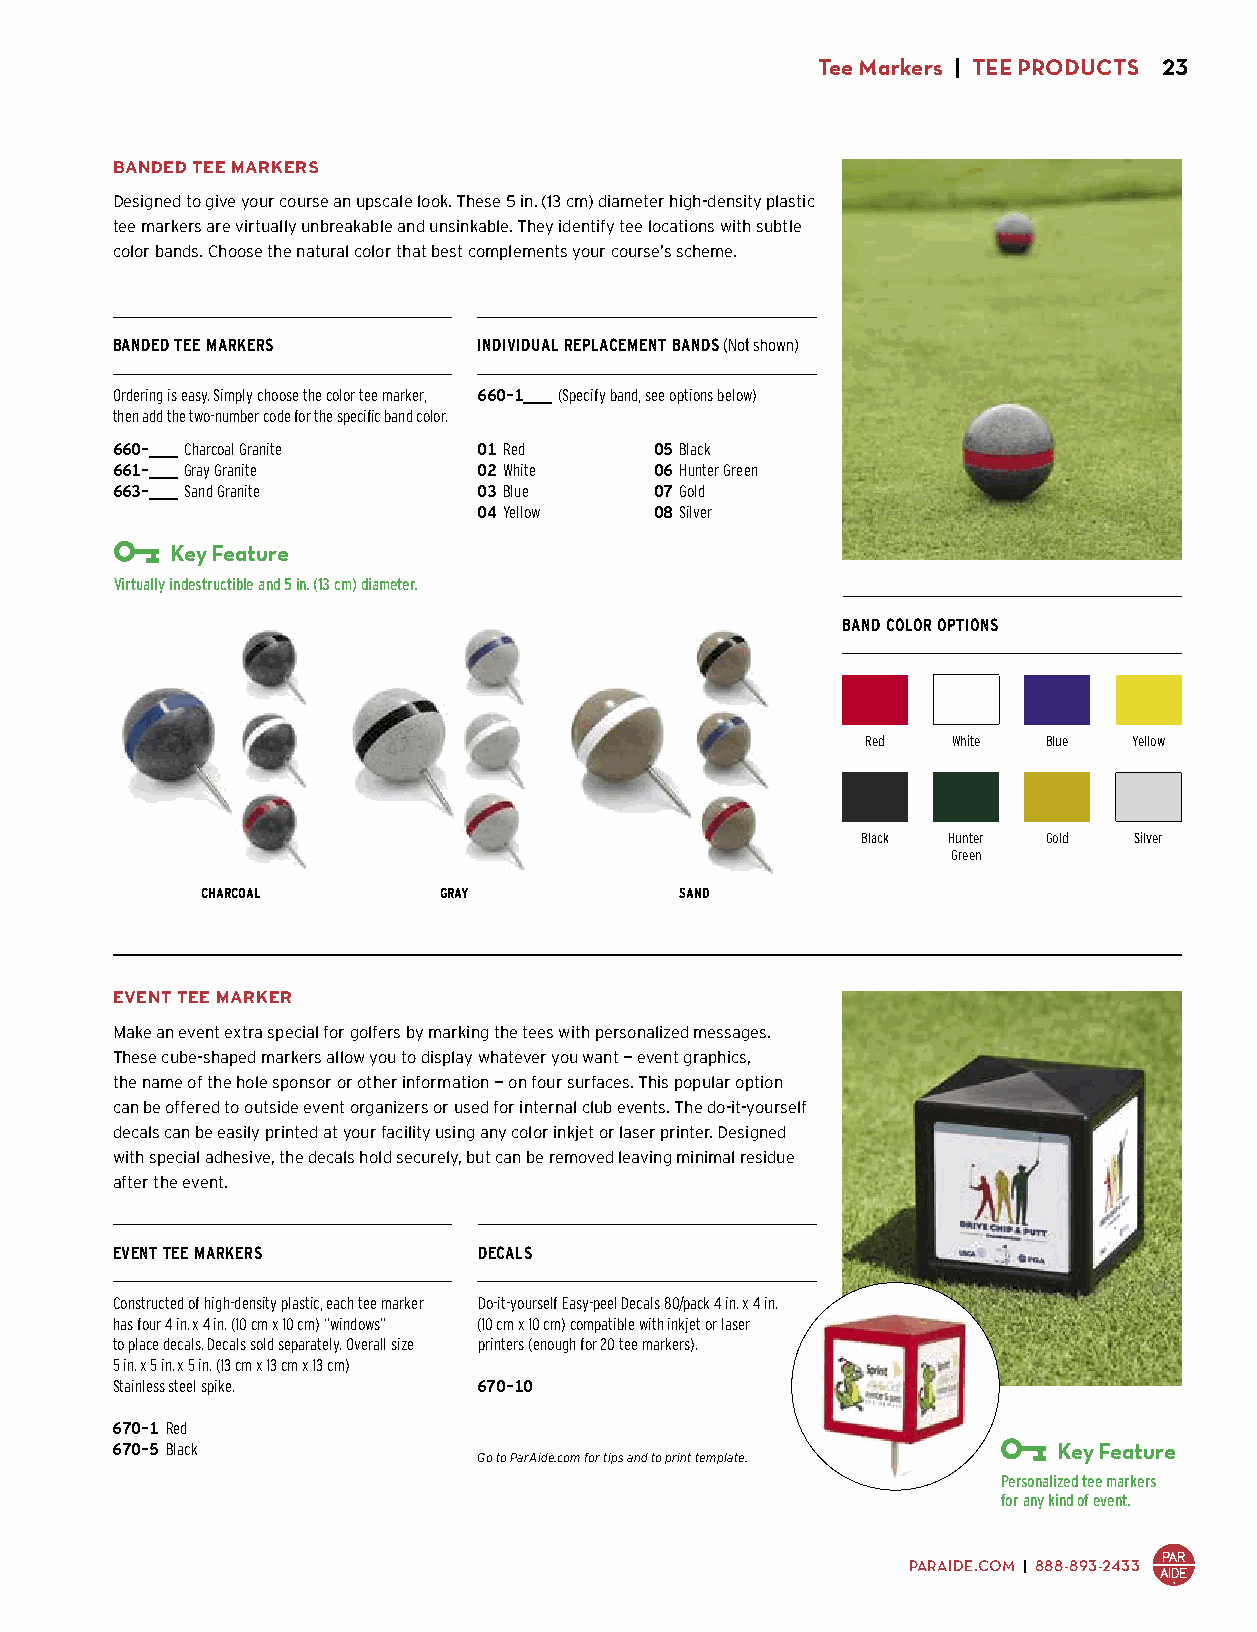
Tee Markers | TEE PRODUCTS 23
 BANDED TEE MARKERS
 Designed to give your course an upscale look. These 5 in. (13 cm) diameter high-density plastic
 tee markers are virtually unbreakable and unsinkable. They identify tee locations with subtle
 color bands. Choose the natural color that best complements your course’s scheme.
 BANDED TEE MARKERS       INDIVIDUAL REPLACEMENT BANDS (Not shown)
 Ordering is easy. Simply choose the color tee marker, 660-1___ (Specify band, see options below)
 then add the two-number code for the specific band color. $2.00 ea.
 660-___ Charcoal Granite 01 Red     05 Black
 661-___ Gray Granite     02 White   06 Hunter Green
 663-___ Sand Granite     03 Blue    07 Gold
 $19.50 ea.               04 Yellow  08 Silver
 Key Feature
 Virtually indestructible and 5 in. (13 cm) diameter.
 BAND COLOR OPTIONS
 Red   White Blue  Yellow
 Black Hunter Gold Silver
 Green
 CHARCOAL        GRAY            SAND
 EVENT TEE MARKER
 Make an event extra special for golfers by marking the tees with personalized messages.
 These cube-shaped markers allow you to display whatever you want — event graphics,
 the name of the hole sponsor or other information — on four surfaces. This popular option
 can be offered to outside event organizers or used for internal club events. The do-it-yourself
 decals can be easily printed at your facility using any color inkjet or laser printer. Designed
 with special adhesive, the decals hold securely, but can be removed leaving minimal residue
 after the event.
 EVENT TEE MARKERS        DECALS
 Constructed of high-density plastic, each tee marker Do-it-yourself Easy-peel Decals 80/pack 4 in. x 4 in.
 has four 4 in. x 4 in. (10 cm x 10 cm) “windows” (10 cm x 10 cm) compatible with inkjet or laser
 to place decals. Decals sold separately. Overall size printers (enough for 20 tee markers).
 5 in. x 5 in. x 5 in. (13 cm x 13 cm x 13 cm)
 Stainless steel spike.   670-10
 $39.00 ea.
 670-1 Red
 670-5 Black                                                    Key Feature
 Go to ParAide.com for tips and to print template.
 $24.00 ea.
 Personalized tee markers
 for any kind of event.
 PARAIDE.COM | 888-893-2433